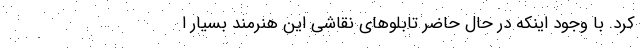
کرد. با وجود اینکه در حال حاضر تابلو‌های نقاشی این هنرمند بسیار ا